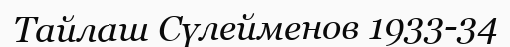
Тайлаш Сүлейменов 1933-34